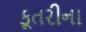
કૂતરીના